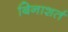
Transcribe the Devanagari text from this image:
बिनाशर्त